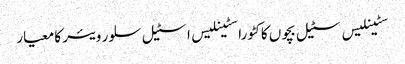
سٹینلیس سٹیل بچوں کا کٹورا سٹینلیس اسٹیل سلور ویئر کا معیار